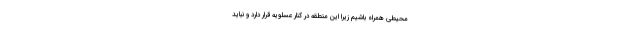
محیطی همراه باشیم زیرا این منطقه در کنار عسلویه قرار دارد و نباید